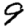
Digit: 9